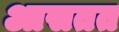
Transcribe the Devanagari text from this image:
आसतत